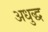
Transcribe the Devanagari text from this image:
अधुद्ध